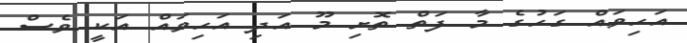
އަހިވައް ގަހުގެ މާ ފަތް ތޮށި މޫ އަދި އަހިވައް އަކީ ވެސް